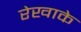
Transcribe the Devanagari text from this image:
रेखाके